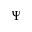
\Psi